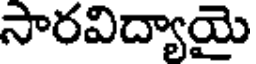
సారవిద్యాయై